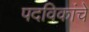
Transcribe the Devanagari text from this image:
पदविकांचे